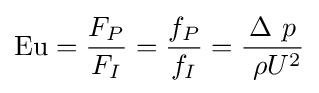
\mathrm {Eu} ={\frac {F_{P}}{F_{I}}}={\frac {f_{P}}{f_{I}}}={\frac {\Delta \ p}{\ \rho U^{2}}}